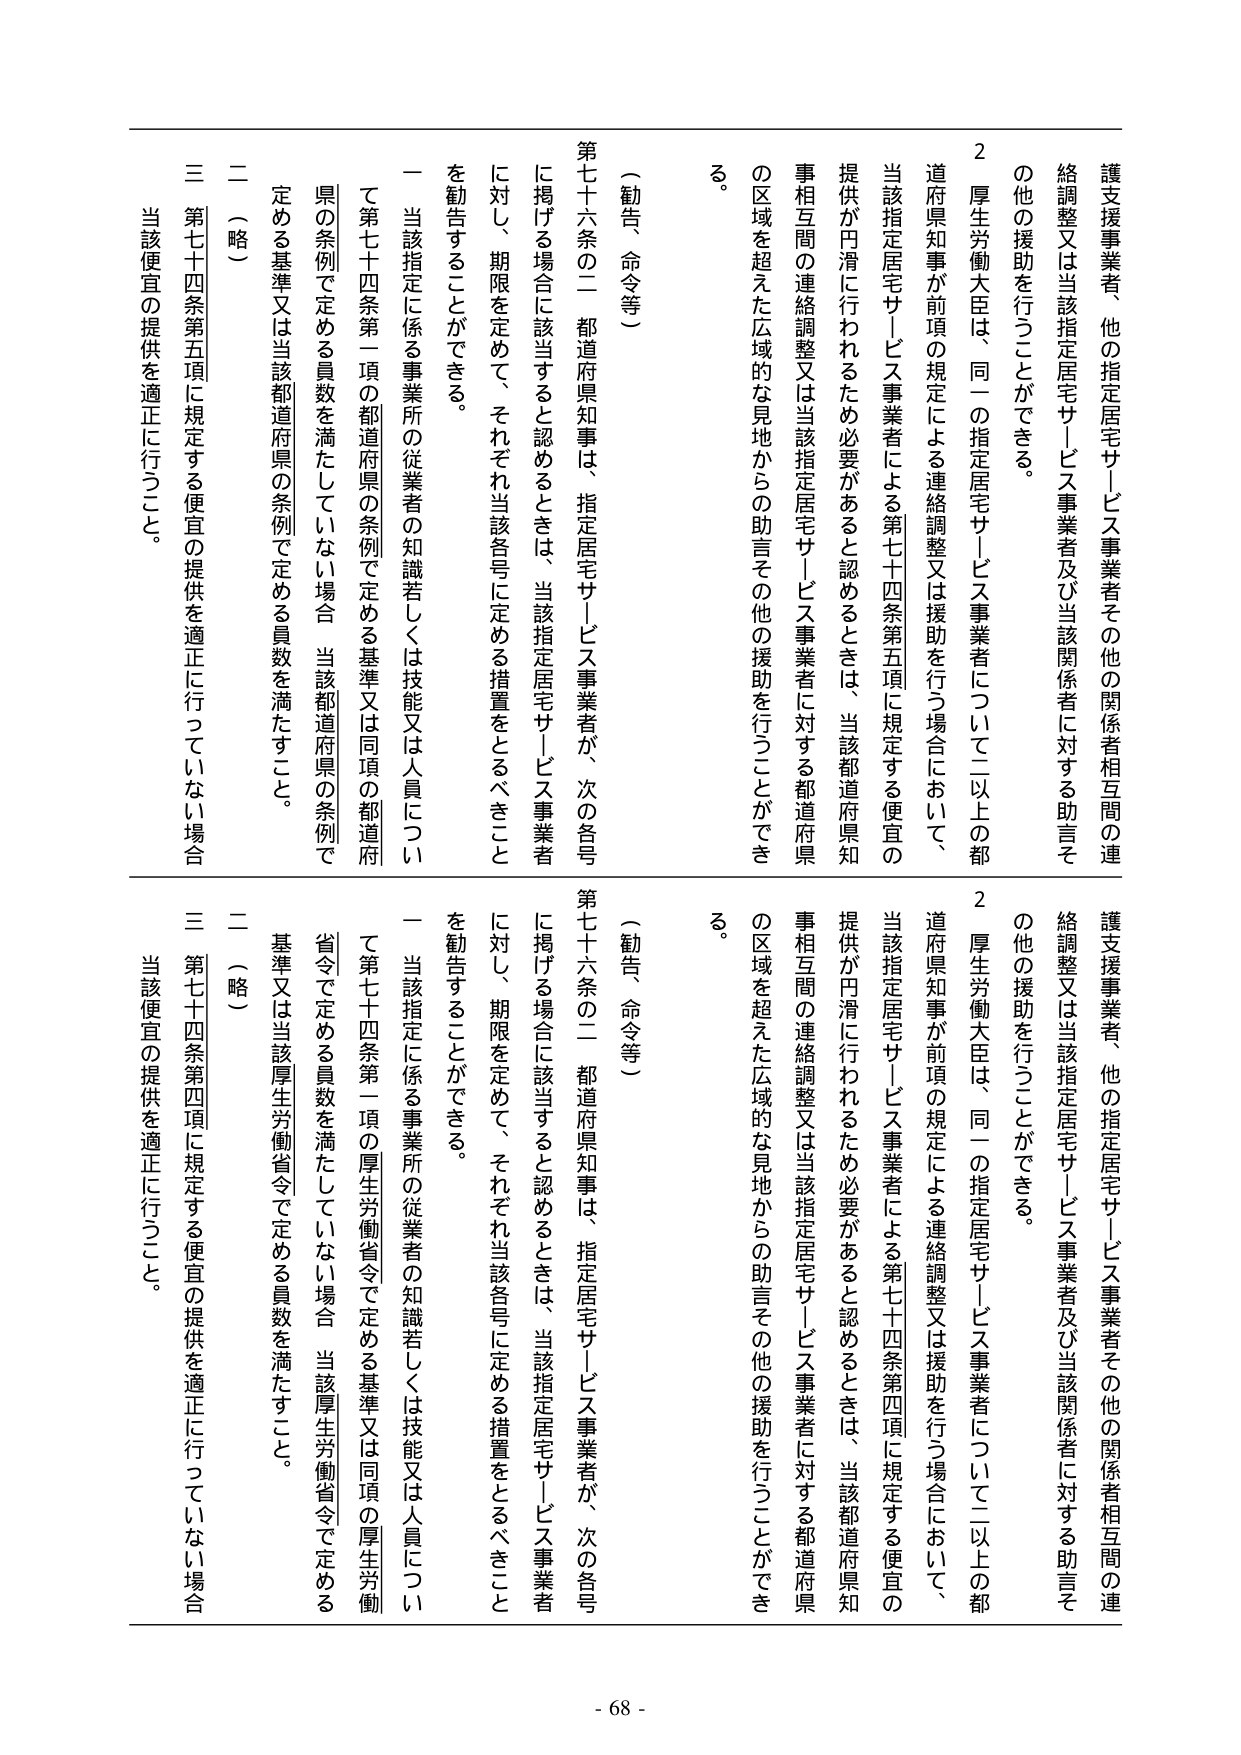
護支援事業者、他の指定住宅サービス事業者その他の関係者相互間の連絡調整又は当該指定住宅サービス事業者及び当該関係者に対する助言その他の援助を行うことができる。

２　厚生労働大臣は、同一の指定住宅サービス事業者について二以上の都道府県知事が前項の規定による連絡調整又は援助を行う場合において、当該指定住宅サービス事業者による第七十四条第五項に規定する便宜の提供が円滑に行われるため必要があると認めるときは、当該都道府県知事相互間の連絡調整又は当該指定住宅サービス事業者に対する都道府県の区域を超えた広域的な見地からの助言その他の援助を行うことができる。

（勧告、命令等）

第七十六条の二　都道府県知事は、指定住宅サービス事業者が、次の各号に掲げる場合に該当すると認めるときは、当該指定住宅サービス事業者に対し、期限を定めて、それぞれ当該各号に定める措置をとるべきことを勧告することができる。

一　当該指定に係る事業所の従業者の知識若しくは技能又は人員について第七十四条第一項の都道府県の条例で定める基準又は同項の都道府県の条例で定める員数を満たしていない場合　当該都道府県の条例で定める基準又は当該都道府県の条例で定める員数を満たすこと。

二　（略）

三　第七十四条第五項に規定する便宜の提供を適正に行っていない場合　当該便宜の提供を適正に行うこと。

護支援事業者、他の指定住宅サービス事業者その他の関係者相互間の連絡調整又は当該指定住宅サービス事業者及び当該関係者に対する助言その他の援助を行うことができる。

２　厚生労働大臣は、同一の指定住宅サービス事業者について二以上の都道府県知事が前項の規定による連絡調整又は援助を行う場合において、当該指定住宅サービス事業者による第七十四条第四項に規定する便宜の提供が円滑に行われるため必要があると認めるときは、当該都道府県知事相互間の連絡調整又は当該指定住宅サービス事業者に対する都道府県の区域を超えた広域的な見地からの助言その他の援助を行うことができる。

（勧告、命令等）

第七十六条の二　都道府県知事は、指定住宅サービス事業者が、次の各号に掲げる場合に該当すると認めるときは、当該指定住宅サービス事業者に対し、期限を定めて、それぞれ当該各号に定める措置をとるべきことを勧告することができる。

一　当該指定に係る事業所の従業者の知識若しくは技能又は人員について第七十四条第一項の厚生労働省令で定める基準又は同項の厚生労働省令で定める員数を満たしていない場合　当該厚生労働省令で定める基準又は当該厚生労働省令で定める員数を満たすこと。

二　（略）

三　第七十四条第四項に規定する便宜の提供を適正に行っていない場合　当該便宜の提供を適正に行うこと。

- 68 -